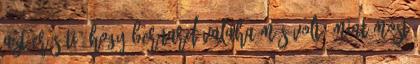
azt erősíti, hogy Bernard valaha más volt, mint most